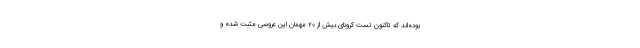
بوده‌اند که تاکنون تست کرونای بیش از ۲۰ مهمان این عروسی مثبت شده و